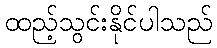
ထည့်သွင်းနိုင်ပါသည်